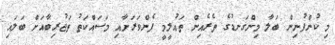
މި ކުންފުނިން ބަލާ މިންގަނޑުގެ ތެރެއިން ތައުލީމީ ފެންވަރަށާއި މަސައްކަތު ތަޖުރިބާއަށް ބަލައި